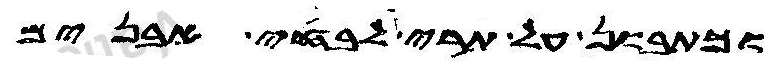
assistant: וכתבון על תרי לוחי אבנים